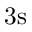
3 \mathrm { s }